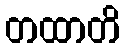
တထာတိ